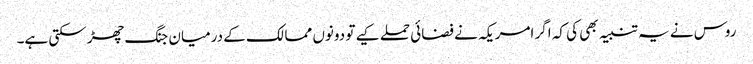
روس نے یہ تنبیہ بھی کی کہ اگر امریکہ نے فضائی حملے کیے تو دونوں ممالک کے درمیان جنگ چھڑ سکتی ہے۔